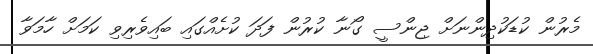
މެރުން ކުޑަކުދިންނަށް ޖިންސީ ގޯނާ ކުރުން ފަދަ ކުށެއްގައި ބައިވެރިވި ކަމަށް ހާމަވާ